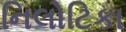
નિલોટિકા